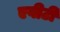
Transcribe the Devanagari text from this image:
एवीटी